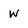
Character: w